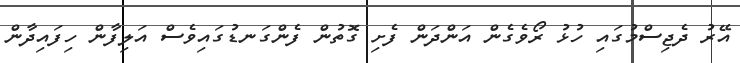
އޭރު ދެޖިސްމުގައި ހުޅު ރޯވެގެން އަންދަން ފެށި ގޮތުން ފެންގަނޑުގައިވެސް އަލިފާން ހިފައިދާން